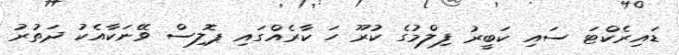
ޑައިރެކްޓަ ސައި ކަބީރު ފިލްމުގެ ކުރޫ ހަ ކާރެއްގައި ޕޮލިސް ވޭނަކާއެކު ދަތުރު